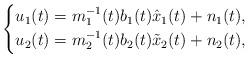
LaTeX: \begin{align*} \left\{ \begin{aligned} u_{1}(t)=m_{1}^{-1}(t)b_{1}(t)\hat{x}_{1}(t)+n_{1}(t), \\ u_{2}(t)=m_{2}^{-1}(t)b_{2}(t)\tilde{x}_{2}(t)+n_{2}(t),\end{aligned}\right.\end{align*}